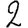
Digit: 2